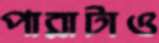
পারাটাও